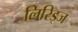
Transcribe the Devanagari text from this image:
लिरिड्ज